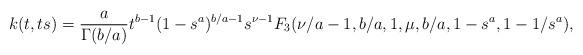
LaTeX: \begin{align*}k(t,ts)= \frac{a}{\Gamma(b/a)} t^{b-1} (1-s^a)^{b/a-1}s^{\nu-1} F_3(\nu/a-1,b/a,1,\mu, b/a, 1-s^a,1-1/s^a),\end{align*}